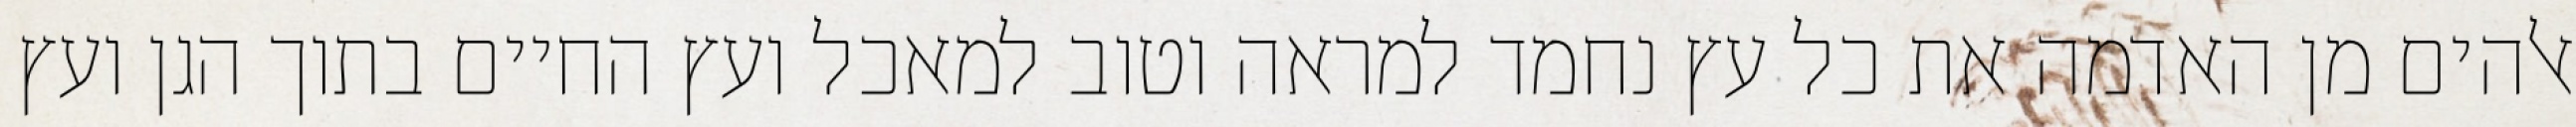
אלהים מן האדמה את כל עץ נחמד למראה וטוב למאכל ועץ החיים בתוך הגן ועץ